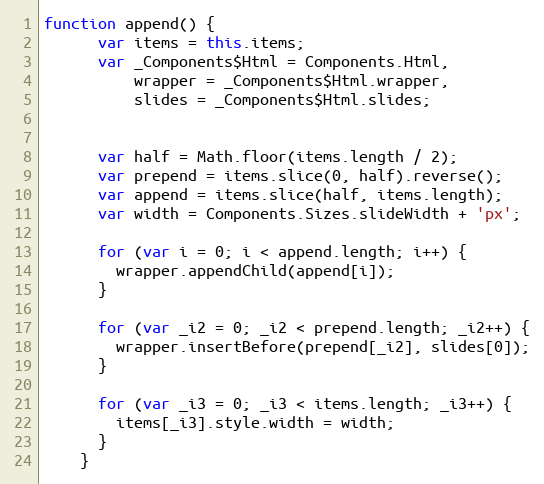
Language: JavaScript
function append() {
      var items = this.items;
      var _Components$Html = Components.Html,
          wrapper = _Components$Html.wrapper,
          slides = _Components$Html.slides;

      var half = Math.floor(items.length / 2);
      var prepend = items.slice(0, half).reverse();
      var append = items.slice(half, items.length);
      var width = Components.Sizes.slideWidth + 'px';

      for (var i = 0; i < append.length; i++) {
        wrapper.appendChild(append[i]);
      }

      for (var _i2 = 0; _i2 < prepend.length; _i2++) {
        wrapper.insertBefore(prepend[_i2], slides[0]);
      }

      for (var _i3 = 0; _i3 < items.length; _i3++) {
        items[_i3].style.width = width;
      }
    }